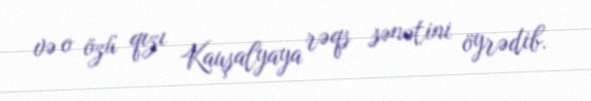
və o özü qızı Kauşalyaya rəqs sənətini öyrədib.